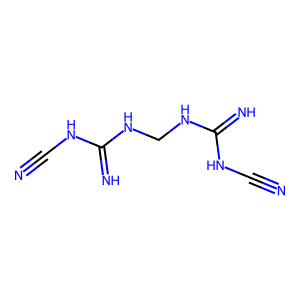
SMILES: N#CNC(=N)NCNC(=N)NC#N
Inhibits HIV replication: No